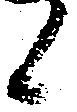
候